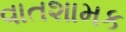
વાતશામક